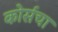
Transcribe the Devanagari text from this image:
कोर्सचा